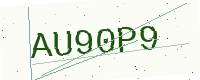
Text: AU90P9